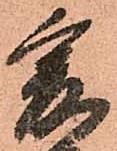
爰